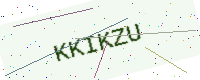
Text: KKIKZU